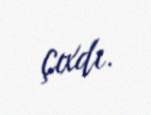
çıxdı.